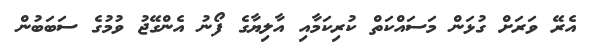
އެރޭ ވަރަށް ގުޅަން މަސައްކަތް ކުރިކަމާއި އާލިޔާގެ ފޯނު އެންގޭޖު ވުމުގެ ސަބަބުން